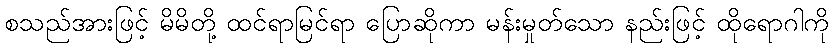
စသည်အားဖြင့် မိမိတို့ ထင်ရာမြင်ရာ ပြောဆိုကာ မန်းမှုတ်သော နည်းဖြင့် ထိုရောဂါကို